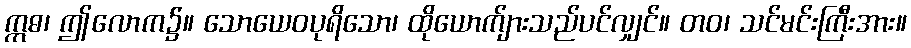
ဣဓ၊ ဤလောက၌။ သောယေဝပုရိသော၊ ထိုယောက်ျားသည်ပင်လျှင်။ တဝ၊ သင်မင်းကြီးအား။